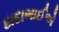
દાદાભાઈએ